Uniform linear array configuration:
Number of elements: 16
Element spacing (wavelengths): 1
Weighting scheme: cosine
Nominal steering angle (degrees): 45
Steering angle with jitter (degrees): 45.041
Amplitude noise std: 0.05
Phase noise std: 0.05

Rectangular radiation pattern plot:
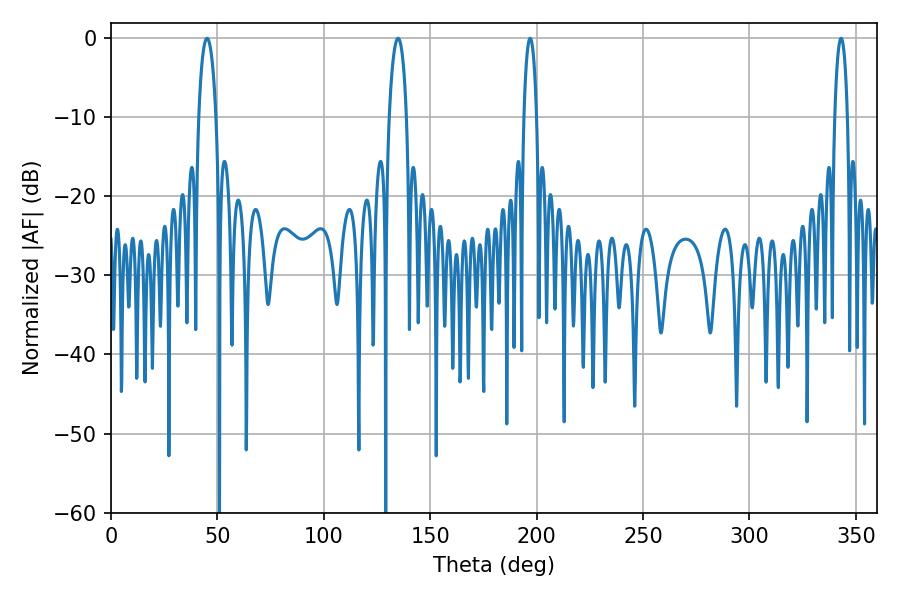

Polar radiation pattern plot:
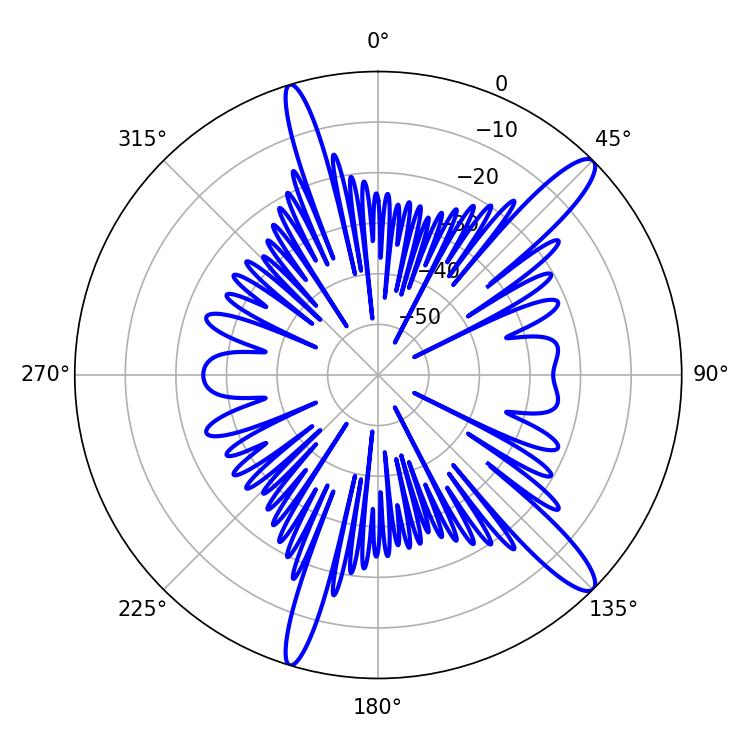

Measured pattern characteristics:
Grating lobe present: TRUE
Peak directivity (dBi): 13.556
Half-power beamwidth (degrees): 3.24
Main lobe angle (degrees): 196.92